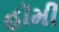
હૉમી